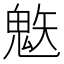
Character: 𲌨